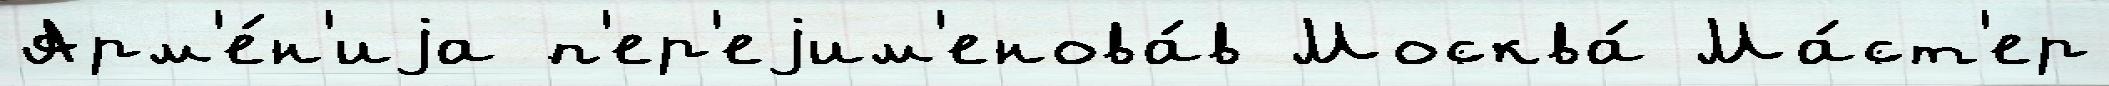
Арм'е́н'иjа п'ер'еjим'енова́в Москва́ Ма́ст'ер